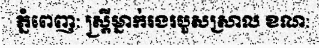
ភ្នំពេញ: ស្ត្រីម្នាក់រងរបួសស្រាល ខណ: